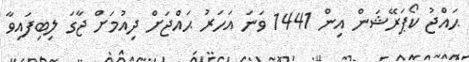
ޙައްޖު ކޯޕަރޭޝަން އިން 1441 ވަނަ އަހަރު ޙައްޖަށް ދިއުމަށް ޖާގަ ލިބިފައިވާ